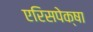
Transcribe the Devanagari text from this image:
एरिसपेक्षा